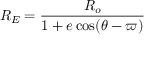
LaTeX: R _ { E } = { \frac { R _ { o } } { 1 + e \cos ( \theta - \varpi ) } }